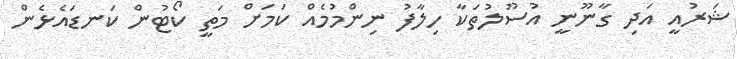
ޝަރުއީ އަދި ގާނޫނީ އުސޫލުތަކާ ހިލާފު ނިންމުމެއް ކަމަށް މަތީ ކޯޓުން ކަނޑައެޅެން